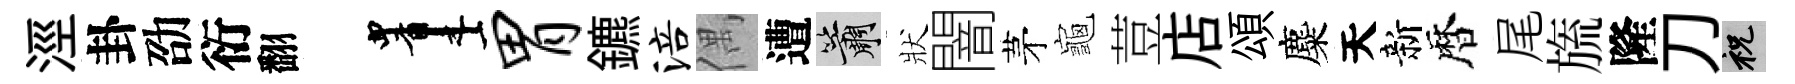
涇卦劭衍翻画胃鑣涪偶遭簫狀闇茅龜荳店頌麋天新暦尾旒隆刀祝